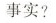
事实？